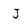
Character: J